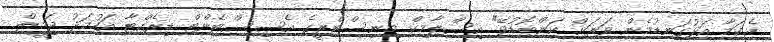
އެކަމާ އަޅުގަނޑުމެން ވަރަށް ކަންބޮޑުވޭ" އިސްލާމިކް މިނިސްޓްރީގެ އެސިސްޓެންޓް ޑިރެކްޓާ އަހުމަދު ޖަމީލް